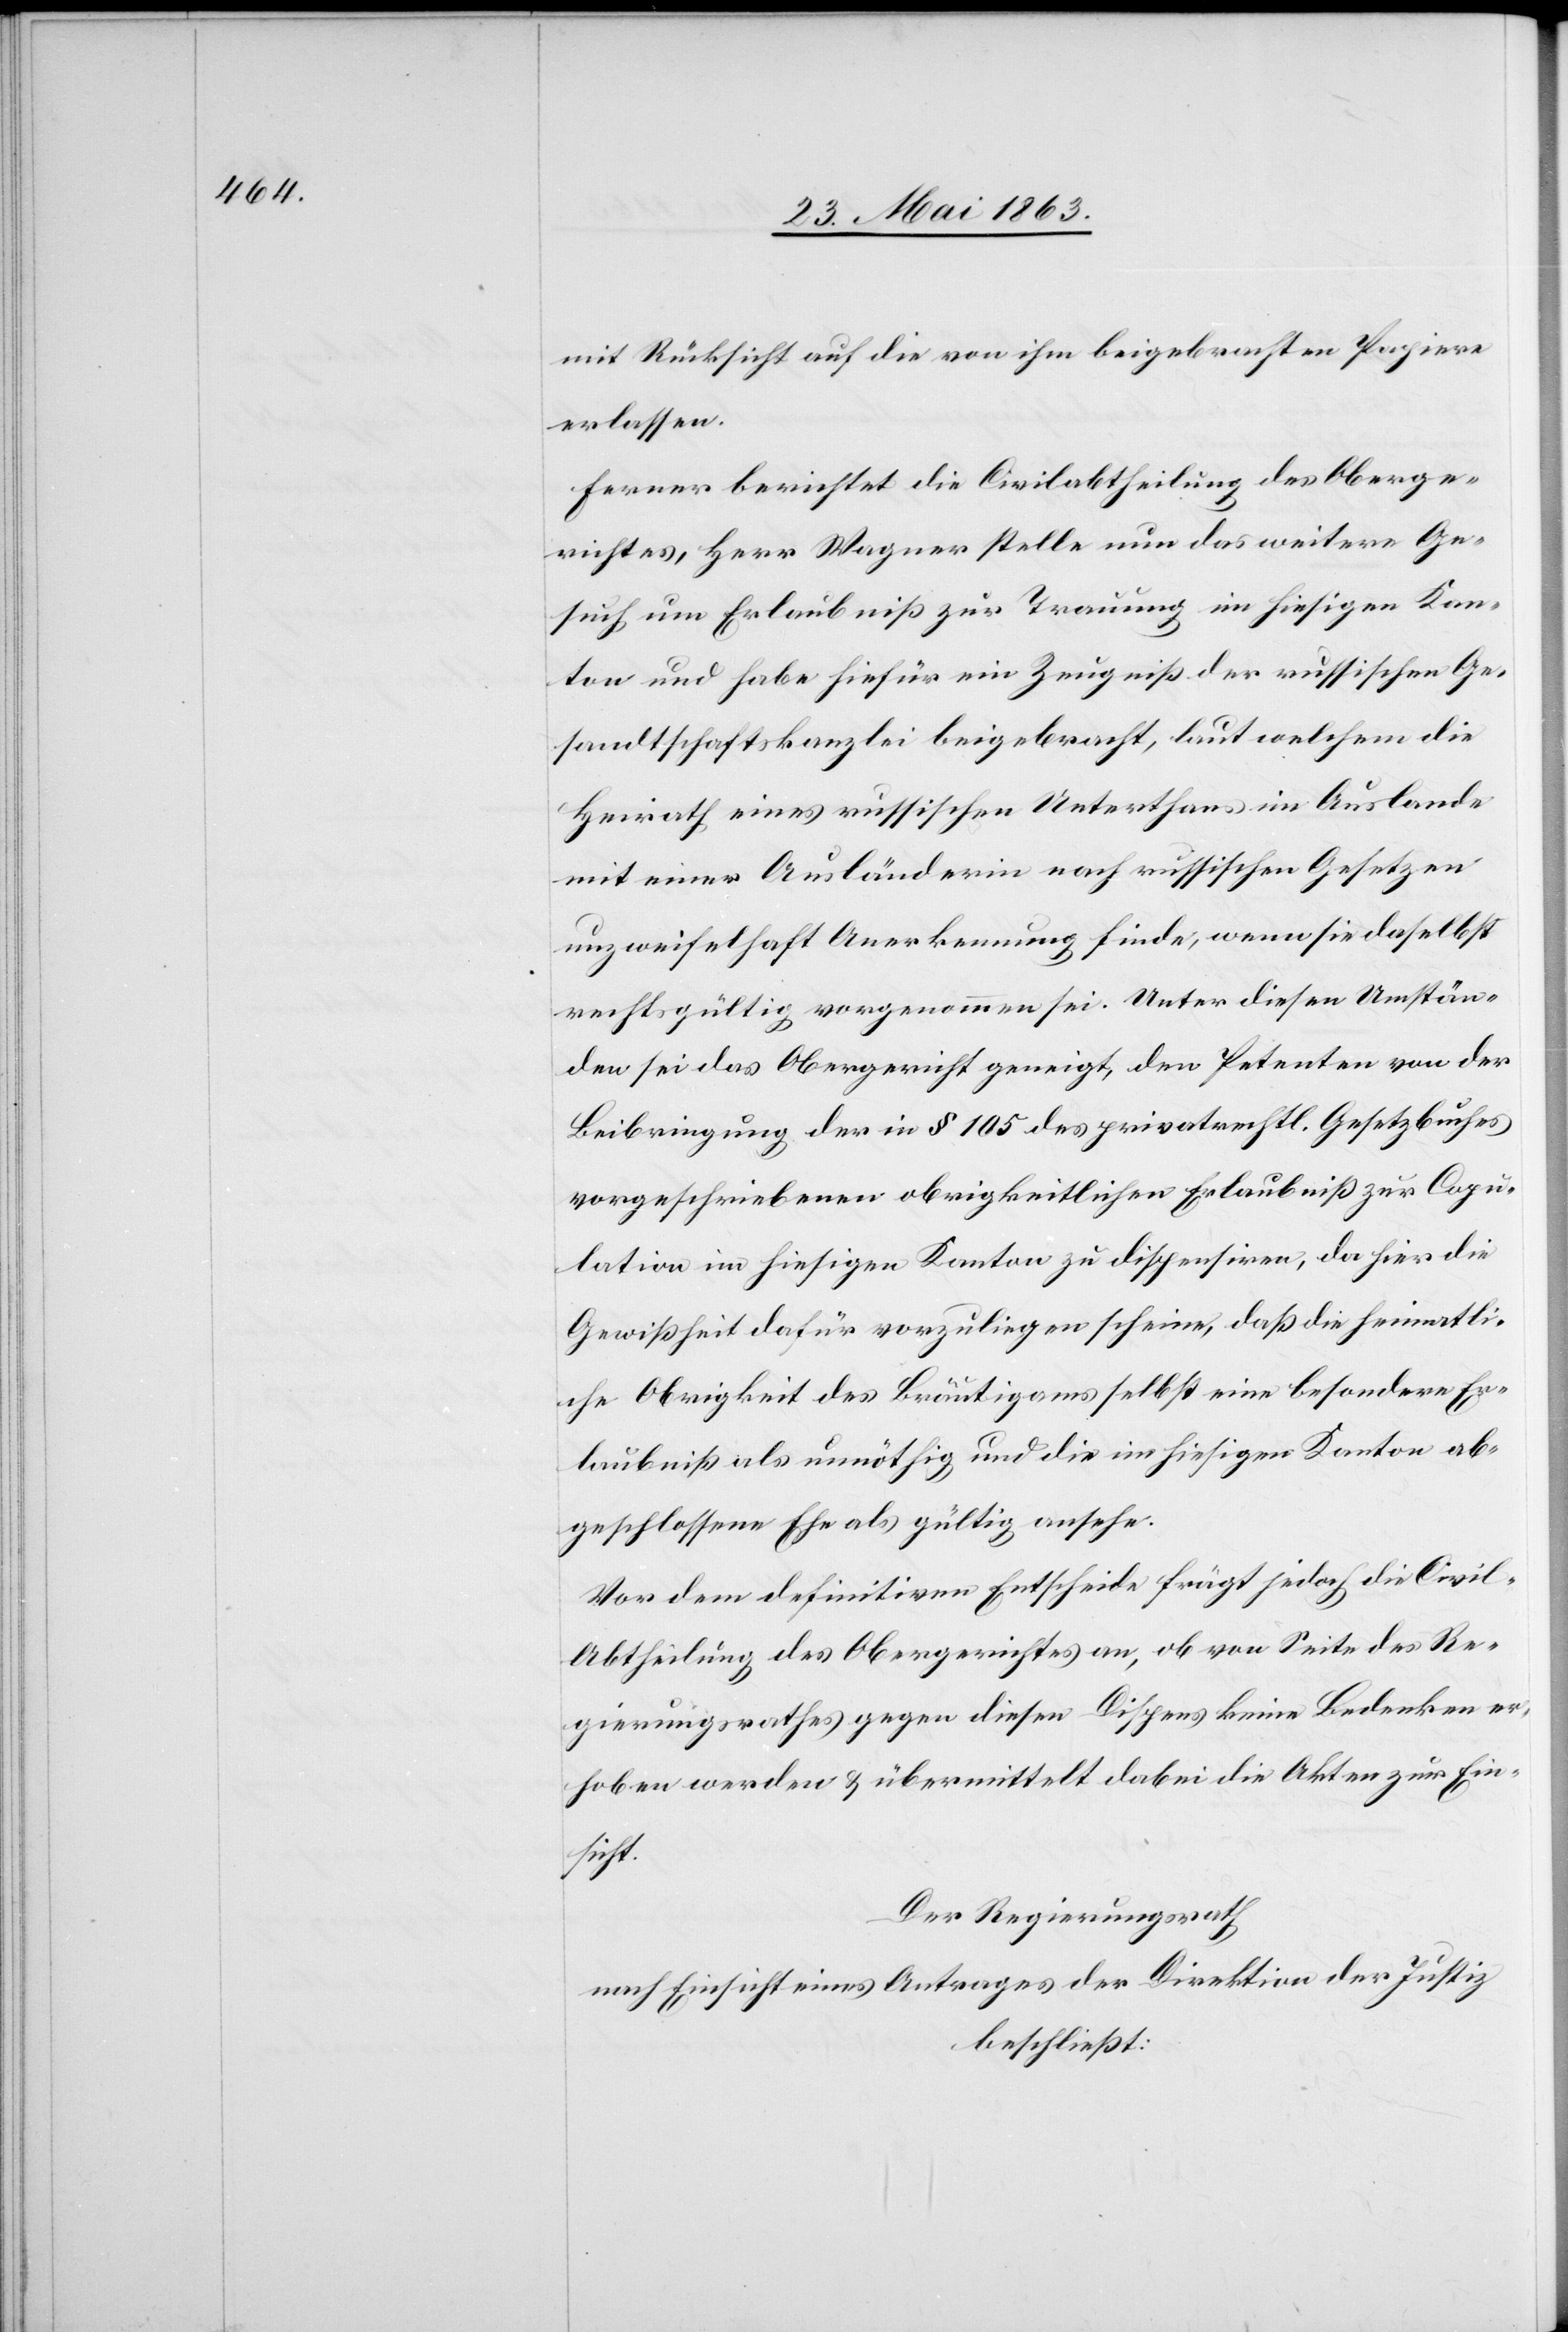
mit Rücksicht auf die von ihm beigebrachten Papiere
erlassen.
Ferner berichtet die Civilabtheilung des Oberge¬
richtes, Herr Wagner stelle nun das weitere Ge¬
such um Erlaubniß zur Trauung im hiesigen Kan¬
ton und habe hiefür ein Zeugniß der russischen Ge¬
sandtschaftskanzlei beigebracht, laut welchem die
Heirath eines russischen Unterthans im Auslande
mit einer Ausländerin nach russischen Gesetzen
unzweifelhaft Anerkennung finde, wenn sie daselbst
rechtsgültig vorgenommen sei. Unter diesen Umstän¬
den sei das Obergericht geneigt, den Petenten von der
Beibringung der in § 105 des privatrechtl. Gesetzbuches
vorgeschriebenen obrigkeitlichen Erlaubniß zur Copu¬
lation im hiesigen Kanton zu dispensiren, da hier die
Gewißheit dafür vorzuliegen scheine, daß die heimatli¬
che Obrigkeit des Bräutigams selbst eine besondere Er¬
laubniß als unnöthig und die im hiesigen Kanton ab¬
geschlossene Ehe als gültig ansehe.
Vor dem definitiven Entscheide frägt jedoch die Civil-A¬
btheilung des Obergerichtes an, ob von Seite des Re¬
gierungsrathes gegen diesen Dispens keine Bedenken er¬
hoben werden & übermittelt dabei die Akten zur Ein¬
sicht.
Der Regierungsrath
nach Einsicht eines Antrages der Direktion der Justiz
beschließt: